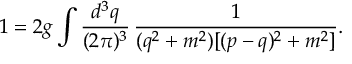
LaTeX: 1 = 2 g \int \frac { d ^ { 3 } q } { ( 2 \pi ) ^ { 3 } } \, \frac { 1 } { ( q ^ { 2 } + m ^ { 2 } ) [ ( p - q ) ^ { 2 } + m ^ { 2 } ] } .